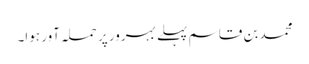
محمد بن قاسم پہلے بہرور پر حملہ آور ہوا۔